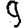
Digit: 9